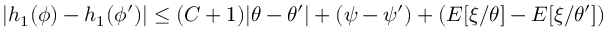
| h _ { 1 } ( \phi ) - h _ { 1 } ( \phi ^ { \prime } ) | \le ( C + 1 ) | \theta - \theta ^ { \prime } | + ( \psi - \psi ^ { \prime } ) + ( E [ \xi / \theta ] - E [ \xi / \theta ^ { \prime } ] )